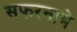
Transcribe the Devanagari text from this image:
सफरनामे